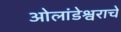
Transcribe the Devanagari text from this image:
ओलांडेश्वराचे